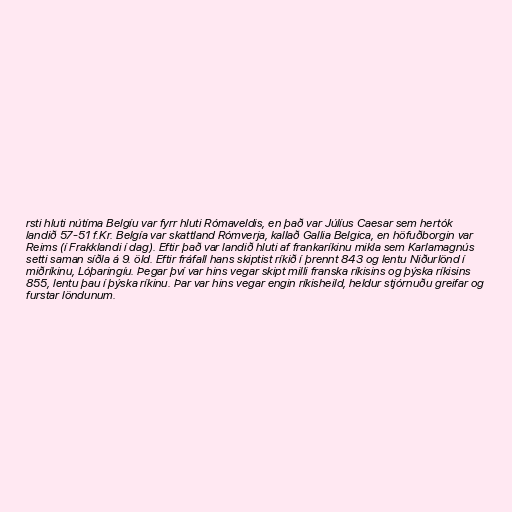
rsti hluti nútíma Belgíu var fyrr hluti Rómaveldis, en það var Júlíus Caesar sem hertók
landið 57-51 f.Kr. Belgía var skattland Rómverja, kallað Gallia Belgica, en höfuðborgin var
Reims (í Frakklandi í dag). Eftir það var landið hluti af frankaríkinu mikla sem Karlamagnús
setti saman síðla á 9. öld. Eftir fráfall hans skiptist ríkið í þrennt 843 og lentu Niðurlönd í
miðríkinu, Lóþaringíu. Þegar því var hins vegar skipt milli franska ríkisins og þýska ríkisins
855, lentu þau í þýska ríkinu. Þar var hins vegar engin ríkisheild, heldur stjórnuðu greifar og
furstar löndunum.